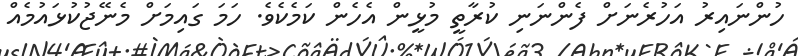
ހުންނައިރު އަހުރެނަށް ފެންނަނި ކުރާތީ މުޅީން އެހެން ކަމެކެވެ. ހަމަ ގައިމަށް މެނޭޖުކުޅައުމެއް